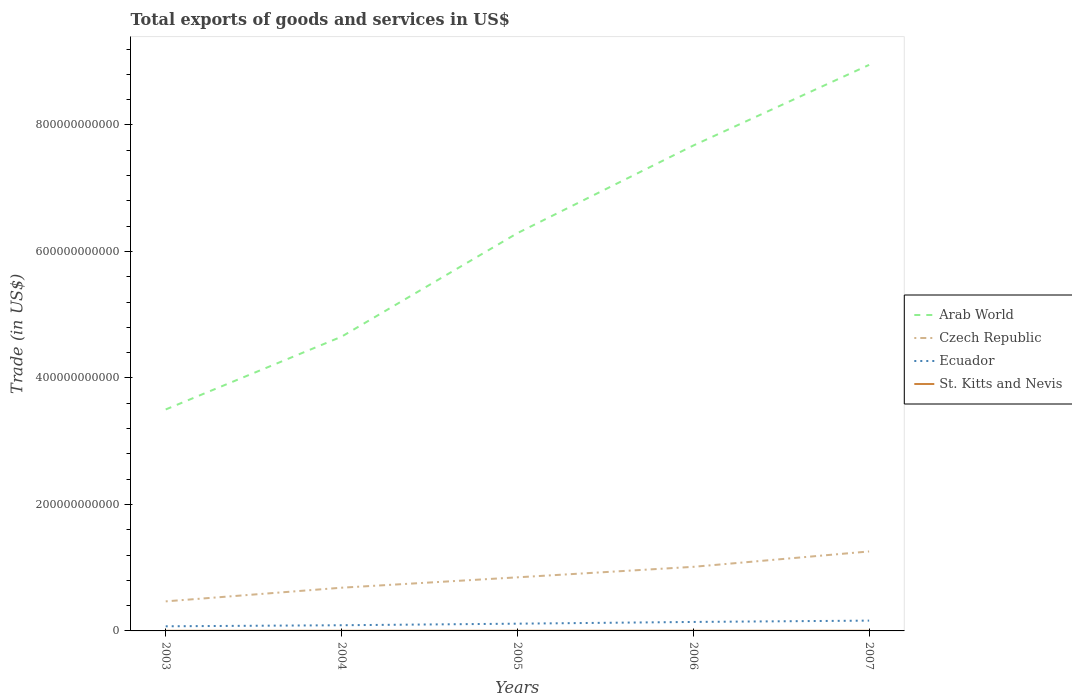
| Years | Arab World | Czech Republic | Ecuador | St. Kitts and Nevis |
 | --- | --- | --- | --- | --- |
 | 2003 | 3.5e+11 | 4.67e+10 | 7.33e+09 | 1.65e+08 |
 | 2004 | 4.65e+11 | 6.83e+10 | 8.98e+09 | 1.94e+08 |
 | 2005 | 6.29e+11 | 8.47e+10 | 1.15e+10 | 2.27e+08 |
 | 2006 | 7.67e+11 | 1.01e+11 | 1.42e+10 | 2.36e+08 |
 | 2007 | 8.95e+11 | 1.26e+11 | 1.63e+10 | 2.33e+08 |